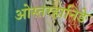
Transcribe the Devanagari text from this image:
ओस्तरहानिङे